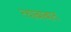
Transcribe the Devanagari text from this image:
त्याबाबात